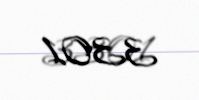
3301